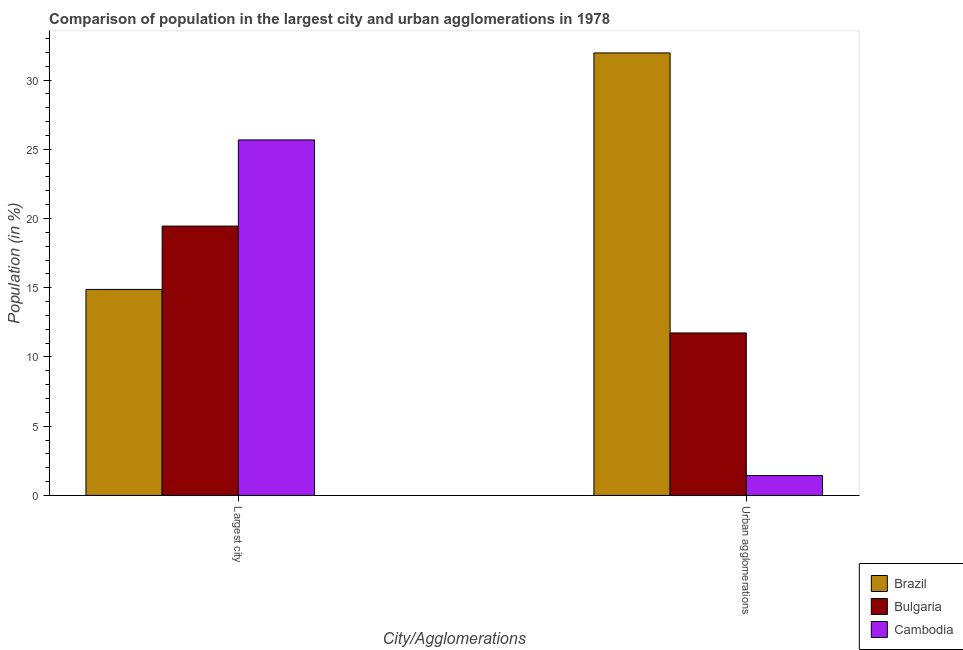
| City/Agglomerations | Brazil | Bulgaria | Cambodia |
 | --- | --- | --- | --- |
 | Largest city | 14.9 | 19.5 | 25.7 |
 | Urban agglomerations | 32 | 11.7 | 1.43 |